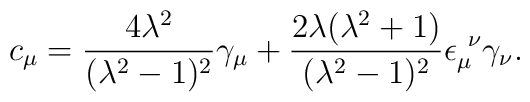
c_\mu=\frac{4\lambda^2}{(\lambda^2-1)^2}\gamma_\mu+\frac{2\lambda(\lambda^2+1)}{(\lambda^2-1)^2}\epsilon_\mu^{~\nu}\gamma_\nu.